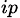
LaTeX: _{ip}